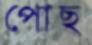
পোছ